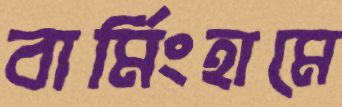
বার্মিংহামে